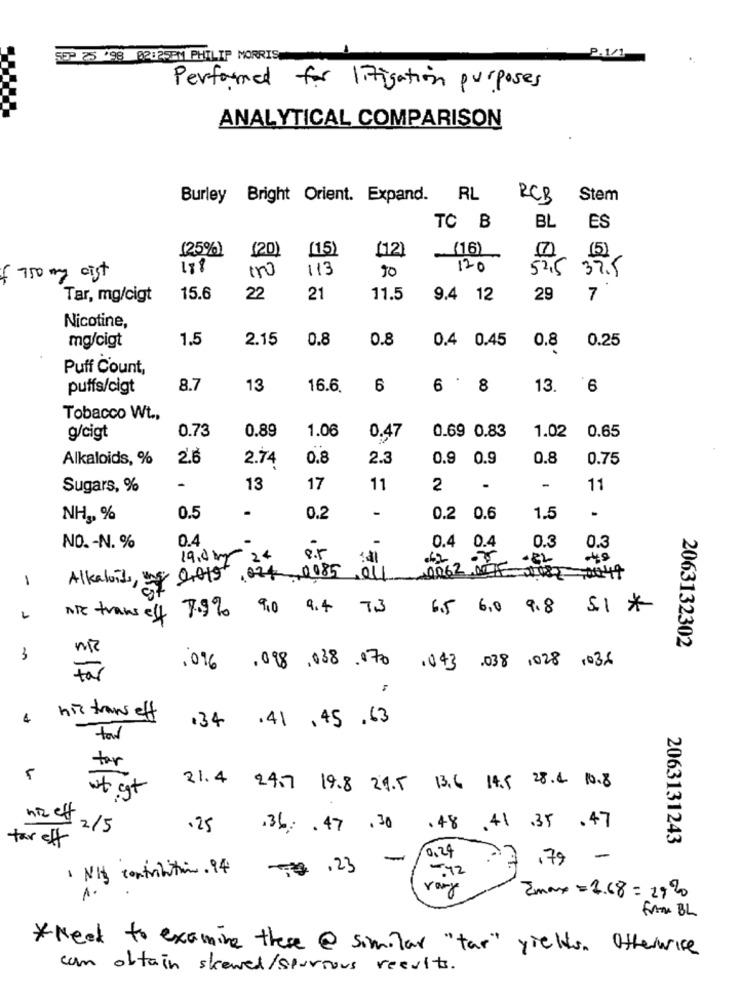
P.1/1
SEP 25 '98 02825PM PHILIP MORRIS
Performed for litigation purposes
ANALYTICAL COMPARISON
Burley Bright Orient. Expand.
RL
RCB
Stem
TC B
BL
ES
(25%)
(20)
(15)
[12]
[16]
(15)
178
150
113
90
120
52.5 37.5
f 750 mg cist
Tar, mg/cigt
15.6
22
21
11.5
9.4 12
29
7
Nicotine,
1.5
2.15
0.8
0.8
0.4 0.45
0.25
mg/cigt
0.8
Puff Count,
3 . 9
puffs/cigt
8.7
13
16.6.
6
13.
6
Tobacco Wt .,
0.73
0.89
1.06
0.69 0.83
0.65
g/cigt
0.47
1.02
Alkaloids, %
2.6
2.74
0.8
2.3
0.9 0.9
0.8
0.75
Sugars, %
-
13
17
11
2
11
NH, %
0.5
0.2
-
0.2 0.6
1.5
-
0.4
-
0.4
NO. - N. %
0.3
0.3
19.0 kg 24
8.5
-82
1
2019 . 074 0985 , 011
Alkaloid,
9.0 9.4 7.3
6.5 6.0 9.8 .1 *
NO trans eff
7.9%
2063132302
3
.016 ,098 ,038 .070
.043 .038 1028 1034
his trans eff
134 .41 .45 .63
tool
for
wt cat
21.4 24.7 19.8 29.5 13.6 14.5 28.4 10.8
nz ett 2/5
.25
.36: . 47 .30 .48.41 .35 .47
2063131243
tar eff
10.24
-
27 .79 -
1 NH contribution . 94
7 .23
-72
1.
Zmax = 1.68 = 2920
FAM BL
*Need to examine these @ similar "tar" yields. Otherwise
can obtain skewed/spurious results.